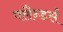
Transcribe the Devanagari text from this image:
फ्लैन्डर्स